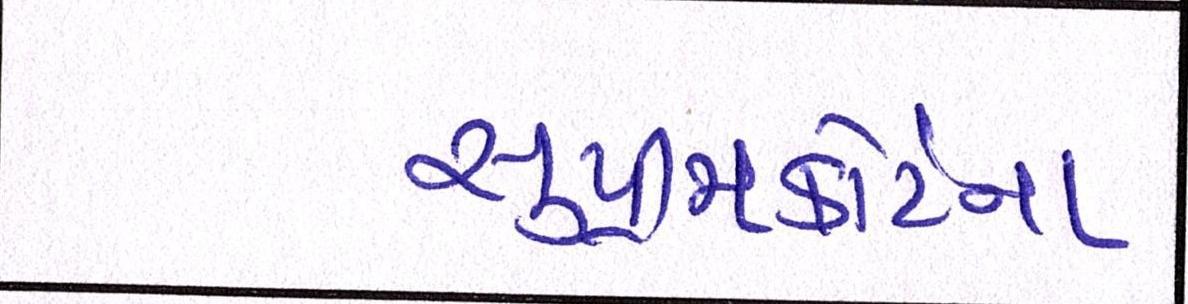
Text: સુપ્રીમકોર્ટના